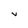
Character: V